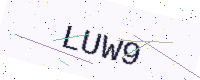
Text: LUW9